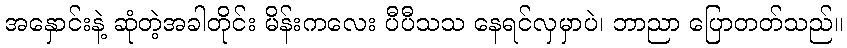
အနှောင်းနဲ့ ဆုံတဲ့အခါတိုင်း မိန်းကလေး ပီပီသသ နေရင်လှမှာပဲ၊ ဘာညာ ပြောတတ်သည်။